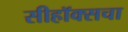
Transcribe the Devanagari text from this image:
सीहॉक्सचा